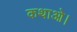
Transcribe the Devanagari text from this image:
कथाओ।